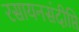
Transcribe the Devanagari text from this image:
रसायनसंदीप्ति